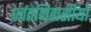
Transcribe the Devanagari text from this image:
पर्वतनिवासीयों